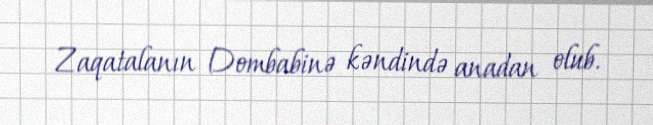
Zaqatalanın Dombabinə kəndində anadan olub.